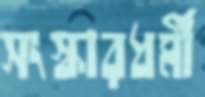
সংস্কারধর্মী